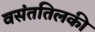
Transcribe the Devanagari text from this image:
वसंततिलकी